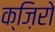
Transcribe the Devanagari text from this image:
क्ज़िरो